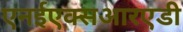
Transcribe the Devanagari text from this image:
एनईएक्सआरएडी